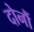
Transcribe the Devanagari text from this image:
दोनौं